Eesti_Rahvusfond, lk 79
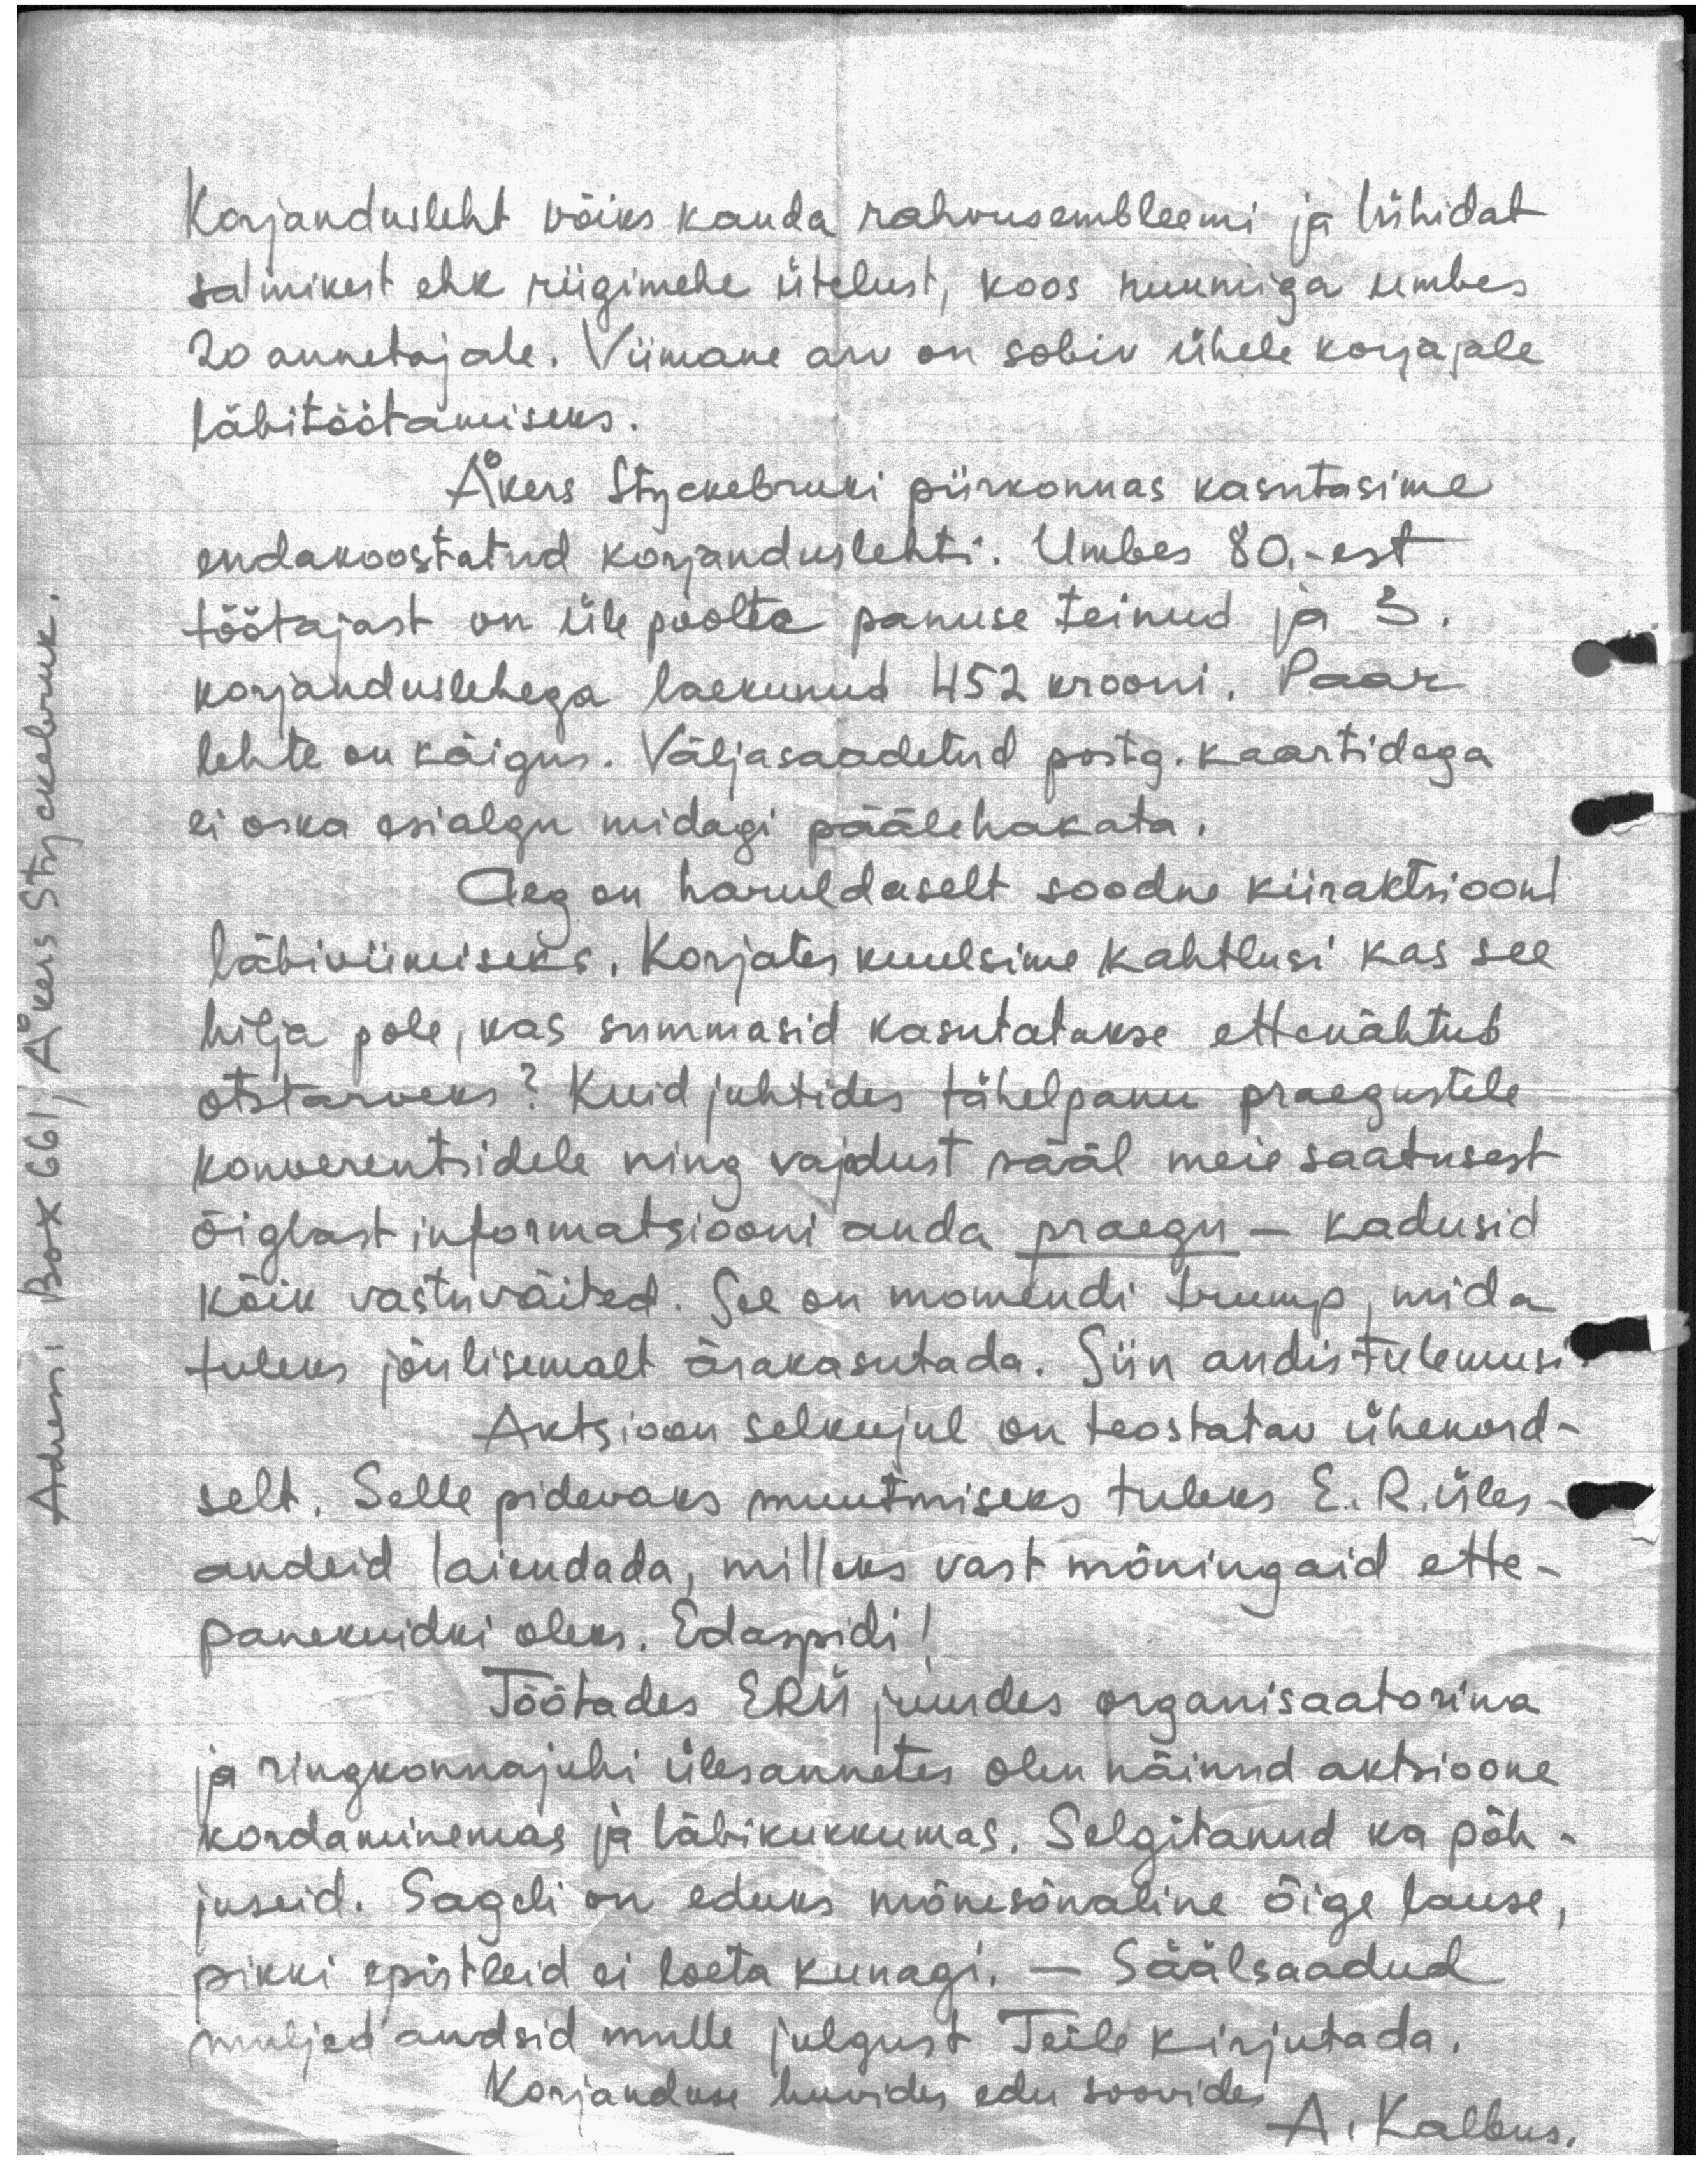
Aadress: Box 661, Åkers Styckebruk.

Korjandusleht võiks kanda rahvusembleemi ja lühidat
salmikest ehk riigimehe ütelust, koos ruumiga umbes
20 annetajale. Viimane arv on sobiv ühele korjajale
läbitöötamiseks
Åkers Stackebruki piirkonnas kasutasime
endakoostatud korjanduslehti. Umbes 80.-est
töötajast on üle poolte panuse teinud ja 3.
korjanduslehega laekunud 452 krooni. Paar
lehte on käigus. Väljasaadetud postg. kaartidega
ei oska esialgu midagi päälehakata.
Aeg on haruldaselt soodne kiiraktsiooni
läbiviimiseks. Korjates kuulsime kahtlusi kas see
hilja pole, kas summasid kasutatakse ettenähtud
otstarveks? Kuid juhtides tähelpanu praegustele
konverentsidele ning vajadust sääl meie saatusest
õiglast informatsiooni anda praegu - kadusid
kõik vastuväited. See on momendi trump, mida
tuleks jõulisemalt ärakasutada. Siin andis tulemusi
Aktsioon selkujul on teostatav ühekord-
selt. Selle pidevaks muutmiseks tuleks E. R. üles-
andeid laiendada, milleks vast mõningaid ette-
panekuidki oleks. Edaspidi!
Töötades ERÜ juurdes organisaatorina
ja ringkonnajuhi ülesannetes olen näinud aktsioone
kordaminemas ja läbikukkumas. Selgitanud ka põh-
juseid. Sageli on eduks mõnesõnaline õige lause,
pikki epistleid ei loeta kunagi. - Säälsaadud
muljed andsid mulle julgust Teile kirjutada.
Korjanduse huvides edu soovides
A. Kalbus.